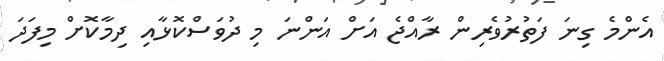
އެންމެ ގިނަ ފަތުރުވެރިން ރާއްޖެ އަށް އަންނަ މި ދުވަސްކޮޅާއި ދިމާކޮށް މިފަދަ